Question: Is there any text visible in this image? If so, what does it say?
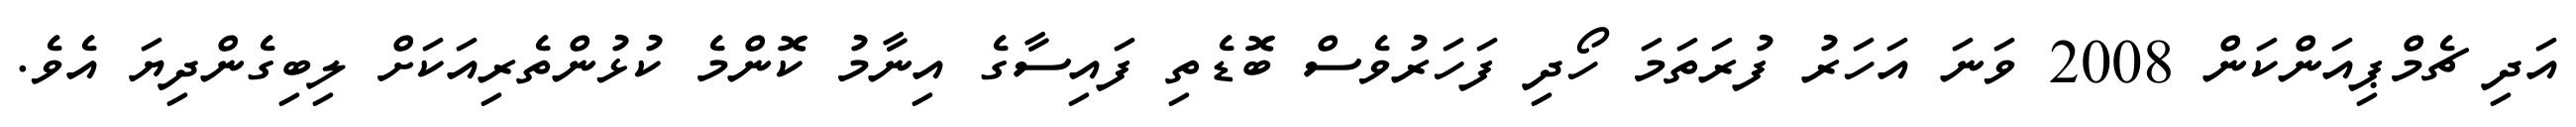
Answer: އަދި ޗެމްޕިއަންކަން 2008 ވަނަ އަހަރު ފުރަތަމަ ހޯދި ފަހަރުވެސް ބޮޑެތި ފައިސާގެ އިނާމު ކޮންމެ ކުޅުންތެރިއަކަށް ލިބިގެންދިޔަ އެވެ.